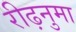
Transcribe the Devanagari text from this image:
रीढ़नुमा